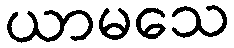
ယာမသေ